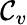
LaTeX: \mathcal{C}_{v}